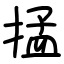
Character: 掹